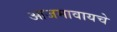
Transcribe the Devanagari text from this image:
आजमावायचे